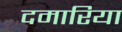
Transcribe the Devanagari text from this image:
दमारिया